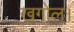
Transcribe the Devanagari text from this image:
खगोल।